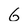
Character: 6